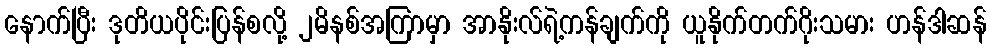
နောက်ပြီး ဒုတိယပိုင်းပြန်စလို့ ၂မိနစ်အကြာမှာ အာနိုးလ်ရဲ့ကန်ချက်ကို ယူနိုက်တက်ဂိုးသမား ဟန်ဒါဆန်